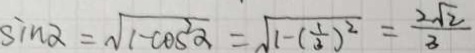
\sin \alpha = \sqrt { 1 - \cos ^ { 2 } \alpha } = \sqrt { 1 - ( \frac { 1 } { 3 } ) ^ { 2 } } = \frac { 2 \sqrt { 2 } } { 3 }